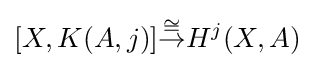
[X,K(A,j)]{\stackrel {\cong }{\to }}H^{j}(X,A)